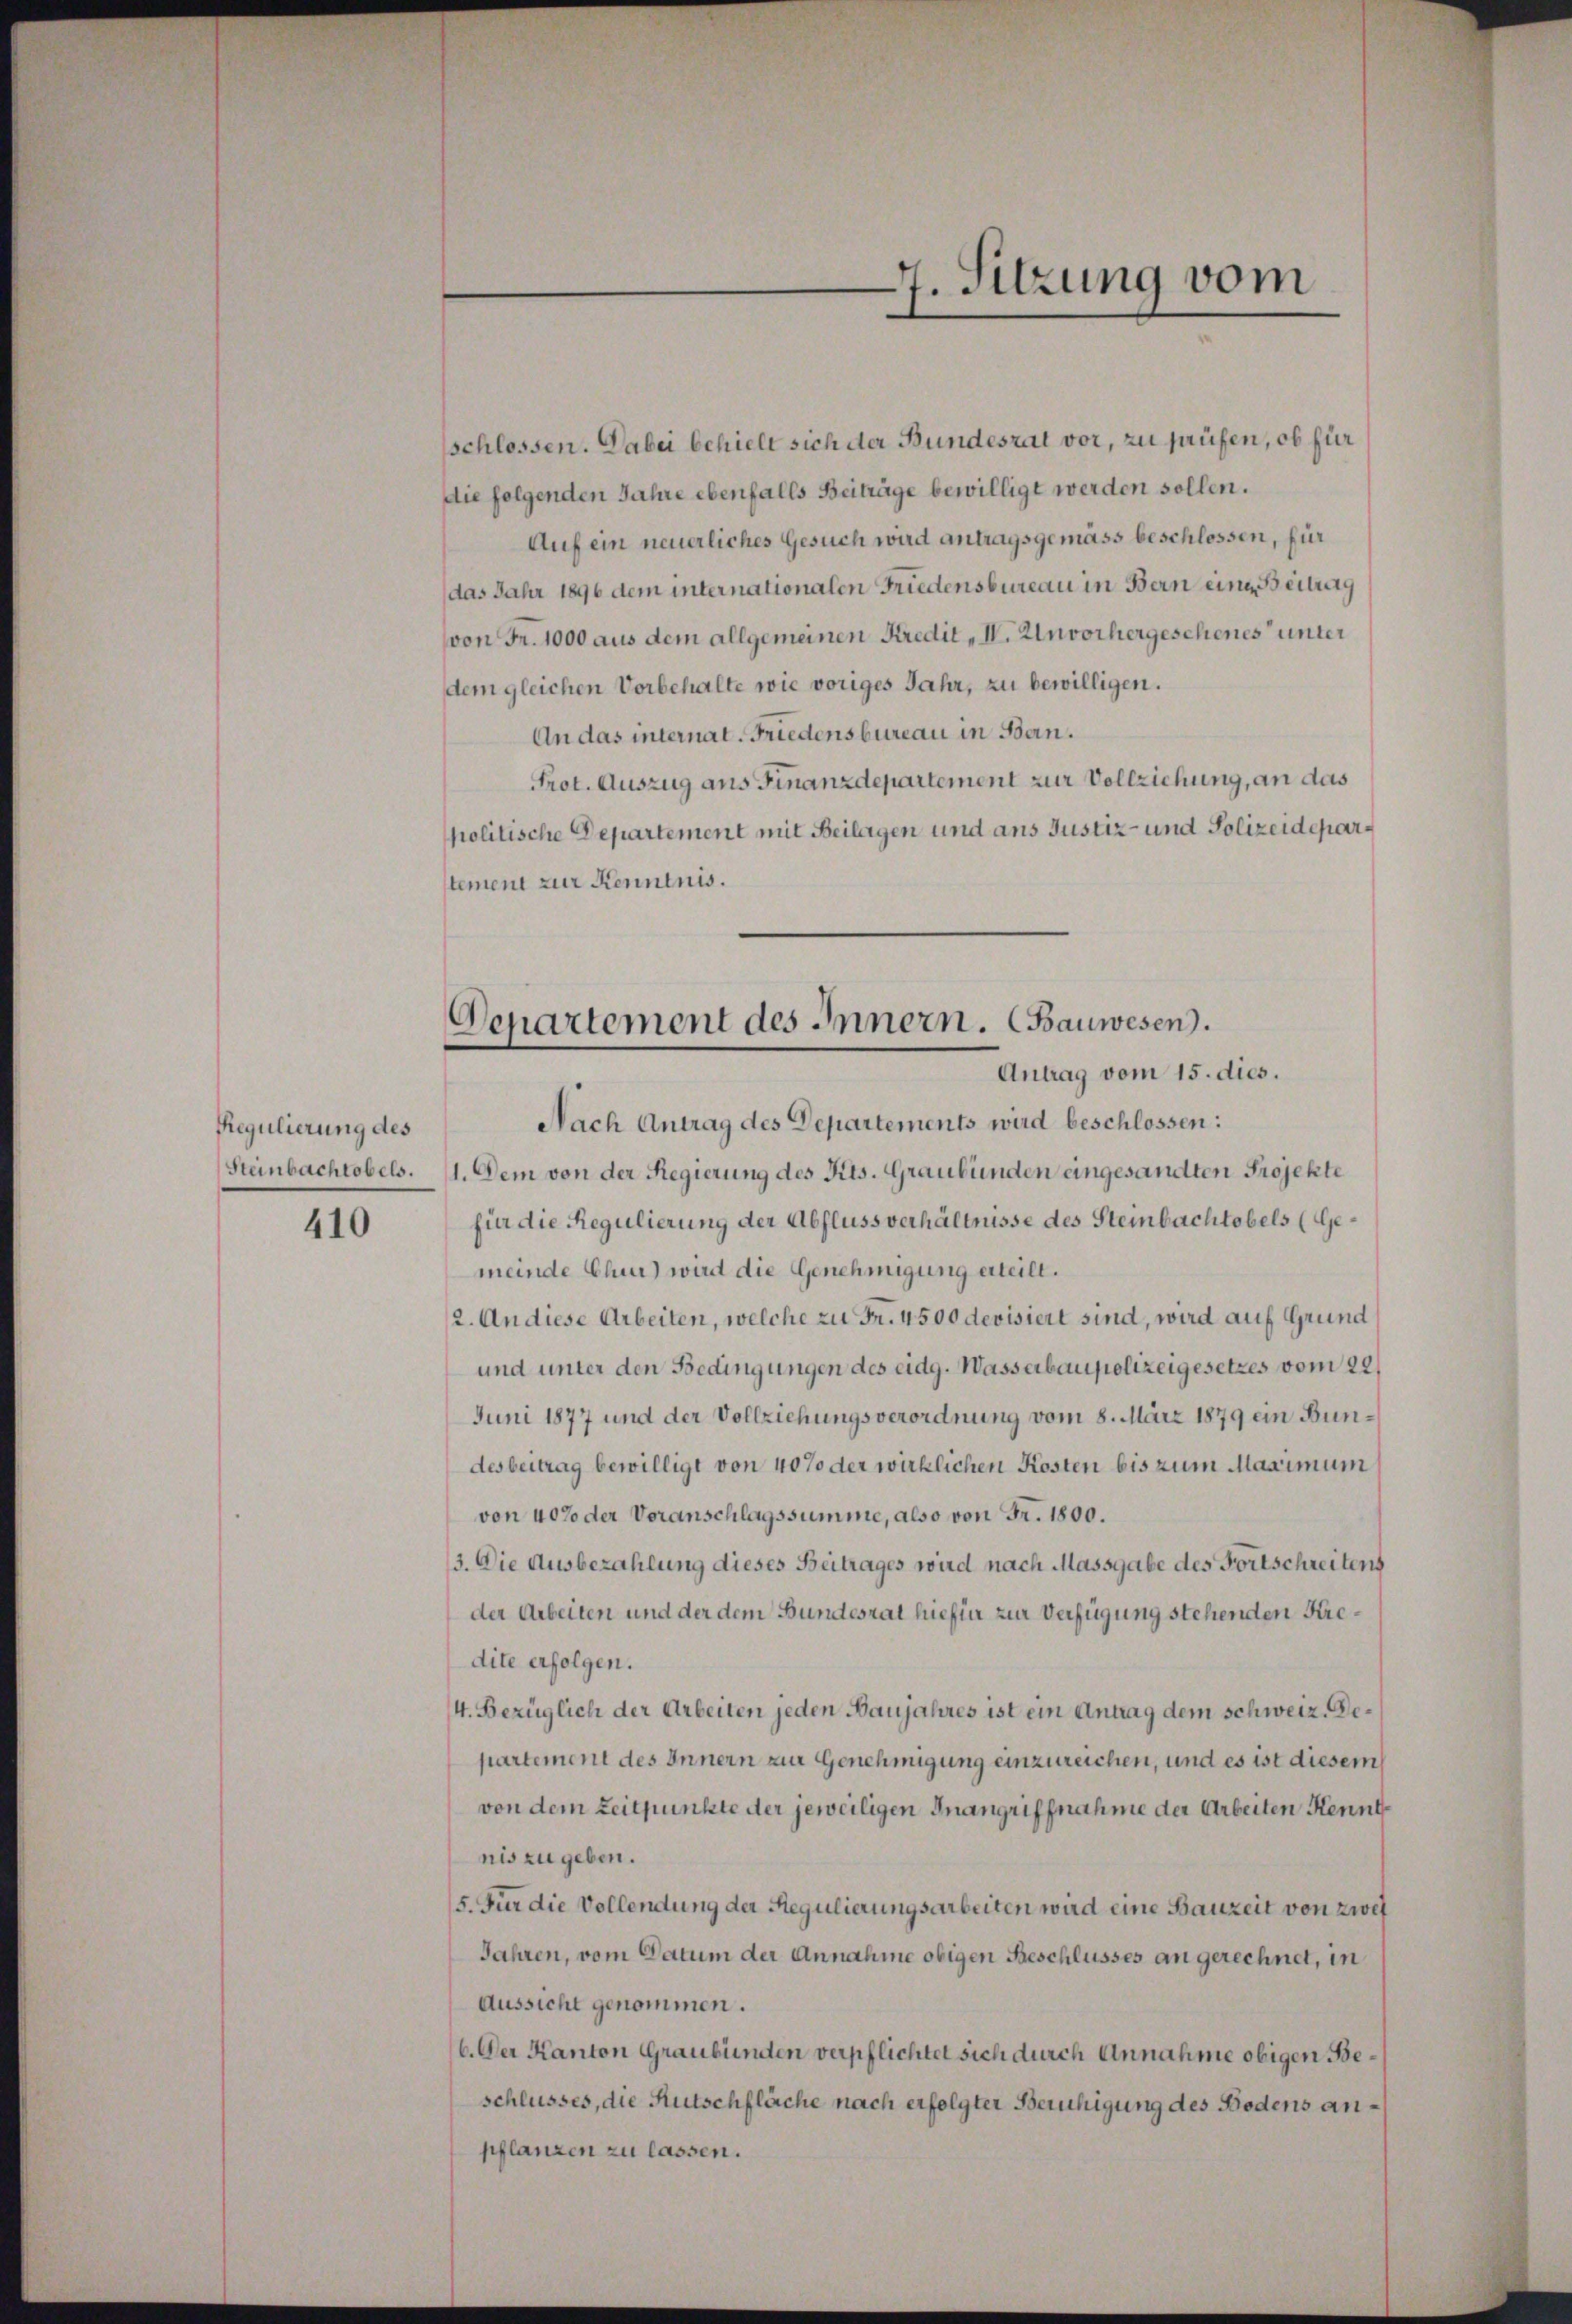
Regulierung des
Steinbachtobels.

410

schlossen. Dabei behielt sich der Bundesrat vor, zu prüfen, ob für
die folgenden Jahre ebenfalls Beiträge bewilligt werden sollen.
Auf ein neuerliches Gesuch wird antragsgemäss beschlossen, für
das Jahr 1896 dem internationalen Friedensbureau in Bern eine Beitrag
von Fr. 1000 aus dem allgemeinen Kredit „I. Unvorhergeschenes unter
dem gleichen Vorbehalte wie voriges Jahr, zu bewilligen.
An das internat. Friedensbureau in Bern.
Prot. Auszug aus Finanzdepartement zur Vollziehung, an das
politische Departement mit Beilagen und ans Justiz- und Polizeideparstement zur Kenntnis.

7. Sitzung vom

Departement des Innern. (Bauwesen.
Antrag vom 15. dies.

Nach Antrag des Departements wird beschlossen:
1. Dem von der Regierung des Kts. Graubünden eingesandten Projekte
für die Regulierung der Abfluss verhältnisse des Steinbachtobels (Gemeinde Chur) wird die Genehmigung erteilt.
2. An diese Arbeiten, welche zu Fr. 4500 devisiert sind, wird auf Grund
und unter den Bedingungen des eidg. Wasserbaupolizeigesetzes vom 22.
Juni 1877 und der Vollziehungsverordnung vom 8. März 1879 ein Bundesbeitrag bewilligt von 40% der wirklichen Kosten bis zum Maximum
von 40% der Voranschlagssumme, also von Fr. 1800.
13. Die Ausbezahlung dieses Beitrages wird nach Massgabe des Fortschreitens
der Arbeiten und der dem Bundesrat hiefür zur Verfügung stehenden Kredite erfolgen.
4. Bezüglich der Arbeiten jeden Baujahres ist ein Antrag dem schweiz. Departement des Innern zur Genehmigung einzureichen, und es ist diesem
von dem Zeitpunkte der jeweiligen Inangriffnahme der Arbeiten Kenntnis zu geben.
5. Für die Vollendung der Regulierungsarbeiten wird eine Bauzeit von zwei
Jahren, vom Datum der Annahme obigen Beschlusses an gerechnet, in
Aussicht genommen.
6. Der Kanton Graubünden verpflichtet sich durch Annahme obigen Beschlusses, die Rutschfläche nach erfolgter Beruhigung des Bodens anpflanzen zu lassen.